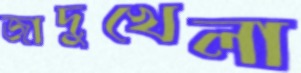
জাদুখেলা